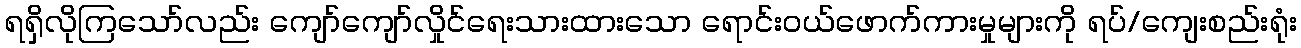
ရရှိလိုကြသော်လည်း ကျော်ကျော်လှိုင်ရေးသားထားသော ရောင်းဝယ်ဖောက်ကားမှုများကို ရပ်/ကျေးစည်းရုံး